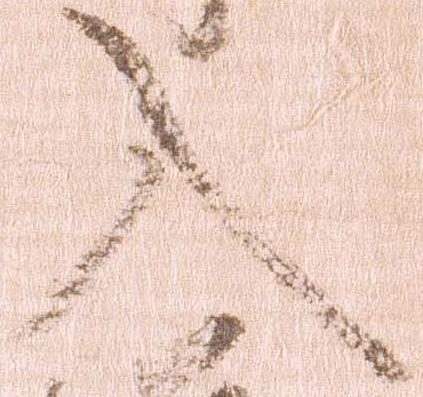
入